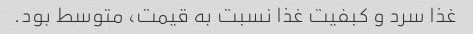
غذا سرد و کبفیت غذا نسبت به قیمت، متوسط بود.